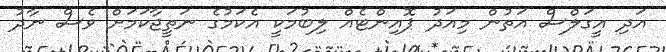
އަދި އީގަލްސް އަތުން މިއަދު ޕޮއިންޓެއް ލިބުމަކީ އެކަމުގެ ނަތީޖާކަމަށް ވެސް ނާދު